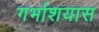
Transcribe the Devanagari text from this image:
गर्भाशयास